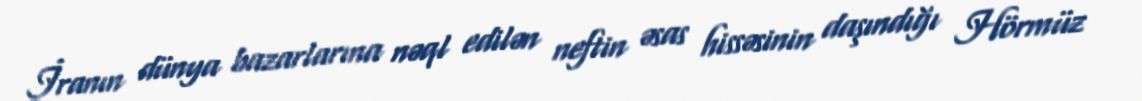
İranın dünya bazarlarına nəql edilən neftin əsas hissəsinin daşındığı Hörmüz